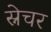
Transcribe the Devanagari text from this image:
स्नेचर